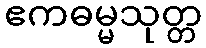
ဧကဓမ္မသုတ္တ